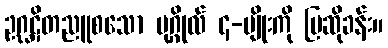
ဥဂ္ဃဋိတညူစသော ပုဂ္ဂိုလ် ၄-မျိုးကို ပြဆိုခန်း။